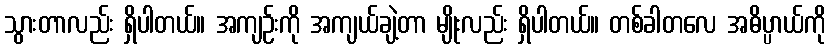
သွားတာလည်း ရှိပါတယ်။ အကျဉ်းကို အကျယ်ချဲ့တာ မျိုးလည်း ရှိပါတယ်။ တစ်ခါတလေ အဓိပ္ပာယ်ကို